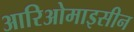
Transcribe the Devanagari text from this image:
आरिओमाइसीन